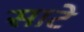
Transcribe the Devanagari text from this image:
साटे